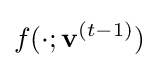
f(\cdot ;\mathbf {v} ^{(t-1)})